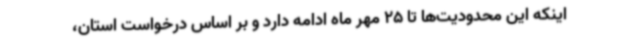
اینکه این محدودیت‌ها تا 25 مهر ماه ادامه دارد و بر اساس درخواست استان،